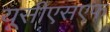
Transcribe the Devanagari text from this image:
यूसीएसएफ